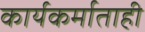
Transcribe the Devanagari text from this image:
कार्यकर्माताही